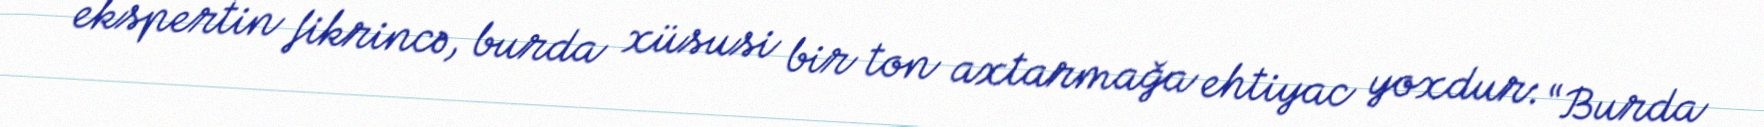
ekspertin fikrincə, burda xüsusi bir ton axtarmağa ehtiyac yoxdur: “Burda